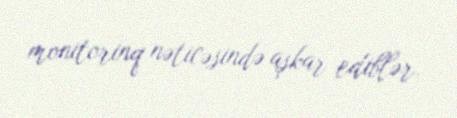
monitorinq nəticəsində aşkar ediblər.